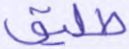
طليق